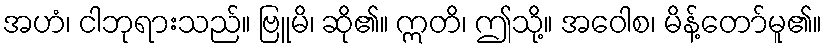
အဟံ၊ ငါဘုရားသည်။ ဗြူမိ၊ ဆို၏။ ဣတိ၊ ဤသို့။ အဝေါစ၊ မိန့်တော်မူ၏။